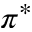
\pi ^ { * }